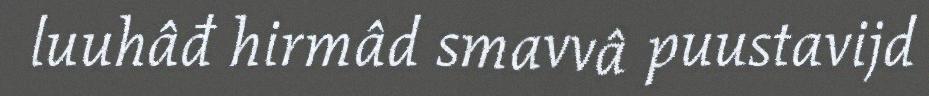
luuhâđ hirmâd smavvâ puustavijd